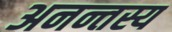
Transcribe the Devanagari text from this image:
अनन्तस्य